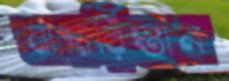
বাহারিস্তান